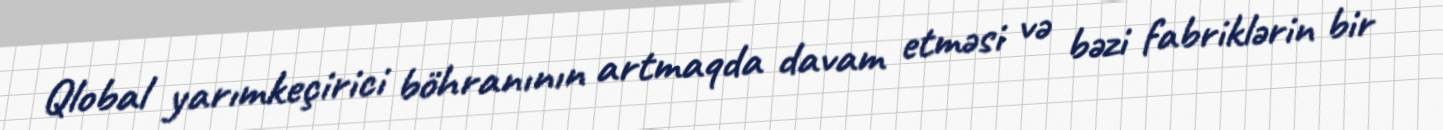
Qlobal yarımkeçirici böhranının artmaqda davam etməsi və bəzi fabriklərin bir